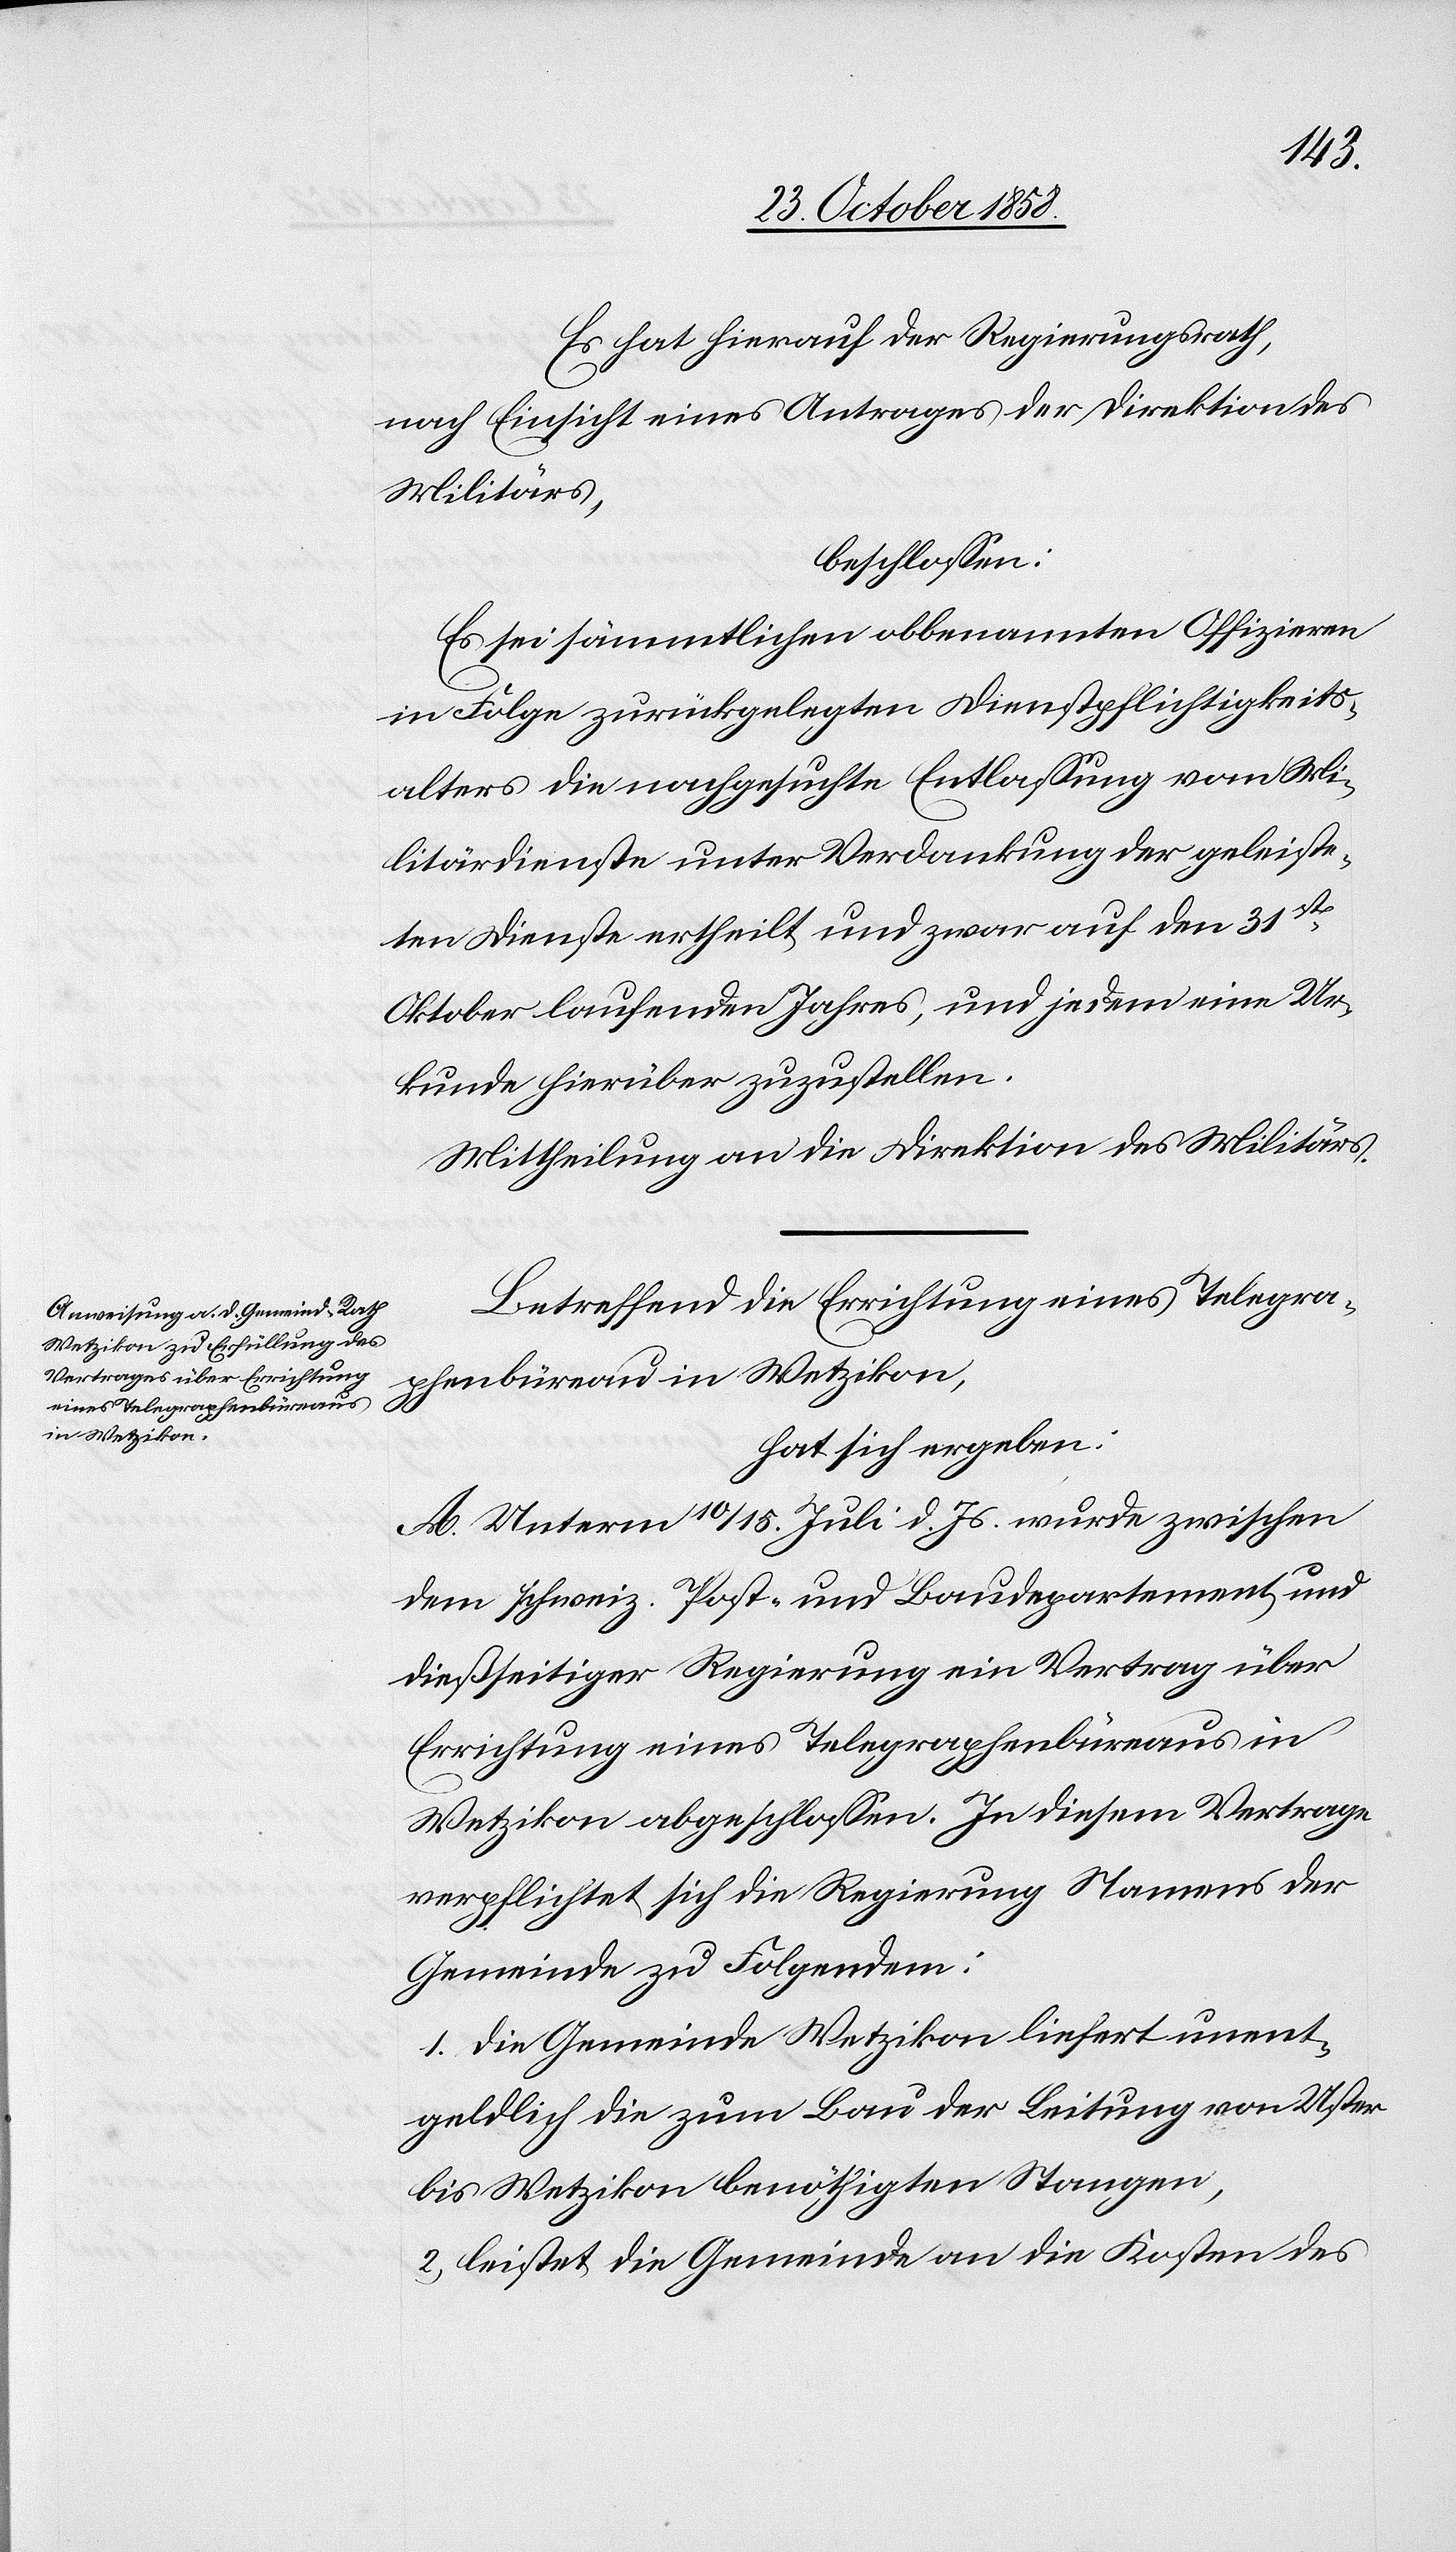
Es hat hierauf der Regierungsrath,
nach Einsicht eines Antrages der Direktion des
Militärs,
beschlossen:
Es sei sämmtlichen obbenannten Offizieren
in Folge zurückgelegten Dienstpflichtigkeits¬
alters die nachgesuchte Entlassung vom Mi¬
litärdienste unter Verdankung der geleiste¬
ten Dienste ertheilt und zwar auf den 31st
Oktober laufenden Jahres, und jedem eine Ur¬
kunde hierüber zuzustellen.
Mittheilung an die Direktion des Militärs.
Betreffend die Errichtung eines Telegra¬
phenbüreau in Wetzikon,
hat sich ergeben:
A. Unterm 10 / 15. Juli d. Js. wurde zwischen
dem schweiz. Post- und Baudepartement und
dießseitiger Regierung ein Vertrag über
Errichtung eines Telegraphenbüreaus in
Wetzikon abgeschlossen. In diesem Vertrage
verpflichtet sich die Regierung Namens der
Gemeinde zu Folgendem:
1. Die Gemeinde Wetzikon liefert unent¬
geldlich die zum Bau der Leitung von Uster
bis Wetzikon benöthigten Stangen,
2. leistet die Gemeinde an die Kosten des